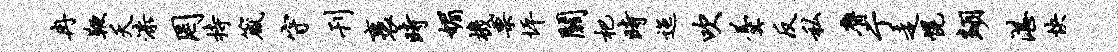
冉鞭夭漆罔持箴守刊裹时媚机栗坪关杷时迤吹羹反私膺亍走幌翊湛快